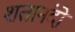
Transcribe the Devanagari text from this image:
शतानंदो